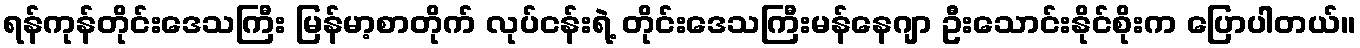
ရန်ကုန်တိုင်းဒေသကြီး မြန်မာ့စာတိုက် လုပ်ငန်းရဲ့ တိုင်းဒေသကြီးမန်နေဂျာ ဦးသောင်းနိုင်စိုးက ပြောပါတယ်။